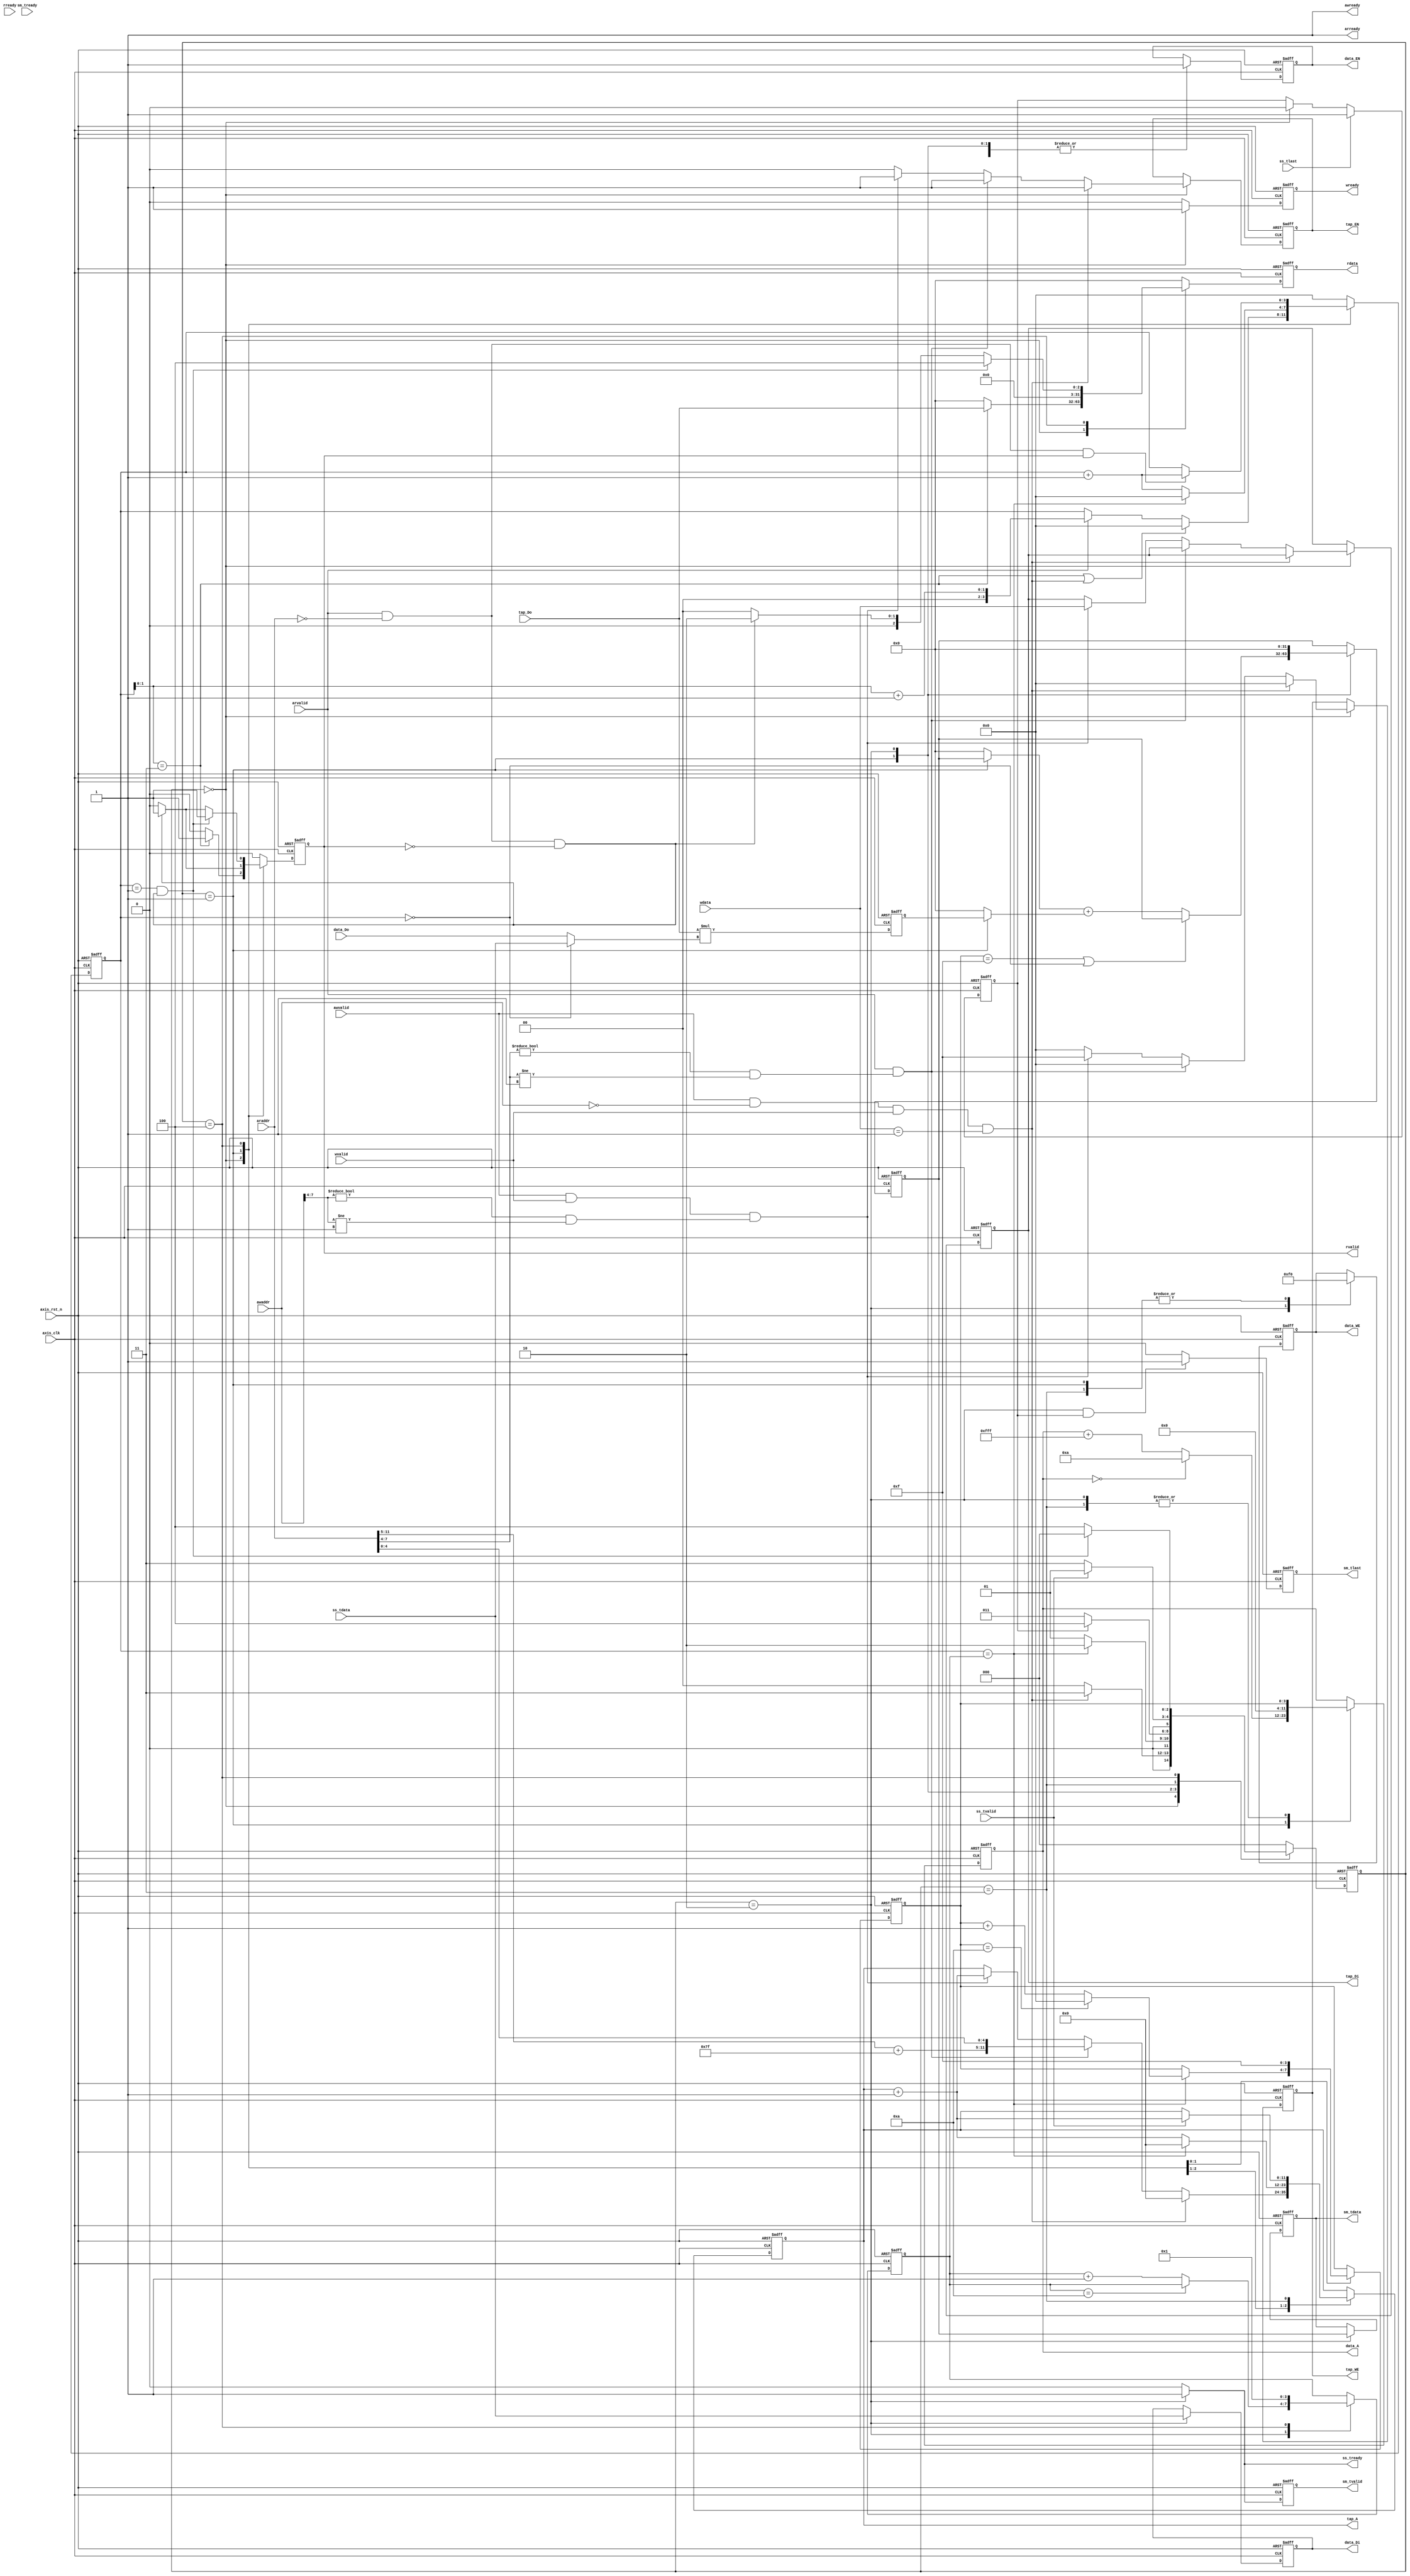
module fir #(  
    parameter pADDR_WIDTH = 12,
    parameter pDATA_WIDTH = 32,
    parameter Tape_Num    = 11
)(
    input   wire                     axis_clk,
    input   wire                     axis_rst_n,
    // AXI Lite
    input   wire [(pADDR_WIDTH-1):0] awaddr,  // write address
    input   wire                     awvalid,
    output  wire                     awready,

    input   wire                     wvalid,  // write data
    input   wire [(pDATA_WIDTH-1):0] wdata,
    output  wire                     wready,

    input   wire [(pADDR_WIDTH-1):0] araddr,  // read address
    input   wire                     arvalid,
    output  wire                     arready,

    input   wire                     rready,  // read data
    output  wire                     rvalid, 
    output  wire [(pDATA_WIDTH-1):0] rdata,    

    // AXI Stream
    input   wire                     ss_tvalid, // giving data Xn
    input   wire [(pDATA_WIDTH-1):0] ss_tdata, 
    input   wire                     ss_tlast, 
    output  wire                     ss_tready, 

    input   wire                     sm_tready, // output the result Yn
    output  wire                     sm_tvalid, 
    output  wire [(pDATA_WIDTH-1):0] sm_tdata, 
    output  wire                     sm_tlast, 

    // bram for tap RAM
    input   wire [(pDATA_WIDTH-1):0] tap_Do,
    output  wire [3:0]               tap_WE,
    output  wire                     tap_EN,
    output  wire [(pDATA_WIDTH-1):0] tap_Di,
    output  wire [(pADDR_WIDTH-1):0] tap_A,

    // bram for data RAM
    input   wire [(pDATA_WIDTH-1):0] data_Do,
    output  wire [3:0]               data_WE,
    output  wire                     data_EN,
    output  wire [(pDATA_WIDTH-1):0] data_Di,
    output  wire [(pADDR_WIDTH-1):0] data_A
);

// write your code here!
localparam IDLE   = 3'd0;
localparam START  = 3'd1;
localparam DONE   = 3'd2;
localparam PEND   = 3'd3;
localparam FINISH = 3'd4;

// I/O
reg wready_w, wready_r;
reg rvalid_w, rvalid_r; 
reg [pDATA_WIDTH-1:0] rdata_w, rdata_r;    
reg ss_tready_w;
reg                     sm_tvalid_w, sm_tvalid_r;
reg [(pDATA_WIDTH-1):0] sm_tdata_w,  sm_tdata_r;
reg                     sm_tlast_w, sm_tlast_r;
// Coef BRAM
reg tap_EN_w, tap_EN_r;
reg [3:0] tap_WE_w, tap_WE_r;
reg [pDATA_WIDTH-1:0] tap_Di_w, tap_Di_r;
reg [pADDR_WIDTH-1:0] tap_A_w, tap_A_r;
// Data BRAM
reg [3:0]               data_WE_w, data_WE_r;
reg                     data_EN_w, data_EN_r;
reg [(pDATA_WIDTH-1):0] data_Di_w, data_Di_r;
reg [(pADDR_WIDTH-1):0] data_A_w,  data_A_r;
// cnt
reg  [3:0] cnt_w, cnt_r;
reg  [3:0] round_cnt_w, round_cnt_r;
// multiplier
wire signed [pDATA_WIDTH*2-1:0] mult_out;
reg  signed [pDATA_WIDTH-1:0]   mult_in0, mult_in1;
// adder
wire signed [pDATA_WIDTH-1:0] adder_out;
reg  signed [pDATA_WIDTH-1:0] adder_in0, adder_in1;
// 
wire tap_write_t;
wire readBack_t;
wire w_coef_addr;
wire r_coef_addr;
wire data_t;
wire ap_start;
wire round_done; 
wire readAddr0;
wire wb_addr0;
wire cnt_st;
wire done;
reg  last_w, last_r;
reg  [2:0] ns, ps;
reg  [3:0] r_dataAddr_w, r_dataAddr_r;
reg  [pDATA_WIDTH-1:0] accumulater_w, accumulater_r;
reg  [pDATA_WIDTH-1:0] temp_w, temp_r;

//--------------------------------------------------------------------------------
// Continuous Assignment
//--------------------------------------------------------------------------------
// output
assign awready = 1'b1; // don't touch
assign wready = wready_r;
assign ss_tready = ss_tready_w;
assign arready = 1'b1;
assign rvalid  = rvalid_r;
assign rdata   = rdata_r;
assign sm_tvalid = sm_tvalid_r;
assign sm_tdata  = sm_tdata_r;
assign sm_tlast  = sm_tlast_r;
// TAP BRAM
assign tap_WE = tap_WE_r;
assign tap_EN = tap_EN_r;
assign tap_Di = tap_Di_r;
assign tap_A  = tap_A_r;
// DATA BRAM
assign data_WE = data_WE_r;
assign data_EN = data_EN_r;
assign data_Di = data_Di_r;
assign data_A  = data_A_r;
//
assign tap_write_t = (awvalid && wvalid && w_coef_addr);
assign w_coef_addr = (awaddr[7:4] != 4'd0 && awaddr[7:4] != 4'd1);
assign r_coef_addr = (araddr[7:4] != 4'd0 && araddr[7:4] != 4'd1);
assign readBack_t = (arvalid && r_coef_addr);
assign data_t = (cnt_r[1:0] == 2'd3);
assign ap_start = (awvalid && awaddr == {pADDR_WIDTH{1'b0}} && wvalid && wdata == {{pDATA_WIDTH-1{1'b0}},1'b1});
assign round_done = (cnt_r == round_cnt_r);
assign readAddr0 = (arvalid && araddr == {pADDR_WIDTH{1'b0}});
assign wb_addr0 = (readAddr0 && ~rvalid_r);
assign done = (cnt_r == 4'd1 && wb_addr0);
assign cnt_st = (cnt_r == 4'd0);

//--------------------------------------------------------------------------------
// Combinational Logic
//--------------------------------------------------------------------------------
always @(*) begin
    case(ps)
        IDLE:    ns = (ap_start)   ? PEND  : IDLE;
        START:   ns = (round_done) ? DONE   : START;
        DONE:    ns = (last_r) ? FINISH : PEND;
        PEND:    ns = (ss_tvalid) ? START : PEND;
        FINISH:  ns = (done)  ? IDLE   : FINISH;
        default: ns = IDLE;
    endcase
end

always @(*) begin
    case(ps)
        IDLE:    wready_w = 1'b1;
        default: wready_w = 1'b0;
    endcase
end

always @(*) begin
    case(ps)
        IDLE: begin
            case(1'b1)
                ap_start: begin
                    tap_WE_w = 4'h0;
                    tap_EN_w = 1'b1;
                    tap_Di_w = tap_Di_r;
                    tap_A_w  = {pADDR_WIDTH{1'b0}};
                end
                readBack_t: begin
                    tap_WE_w = 4'h0;
                    tap_EN_w = 1'b1;
                    tap_Di_w = tap_Di_r;
                    tap_A_w  = {(araddr[pADDR_WIDTH-1:5] + {(pADDR_WIDTH-5){1'b1}}), araddr[4:0]}; 
                end
                tap_write_t: begin
                    tap_WE_w = 4'hf;
                    tap_EN_w = 1'b1;
                    tap_Di_w = wdata;
                    tap_A_w  = tap_A_r + 12'd1;
                end
                default: begin
                    tap_WE_w = 4'd0;
                    tap_EN_w = 1'b0;
                    tap_Di_w = tap_Di_r;
                    tap_A_w  = tap_A_r;
                end
            endcase
        end
        START: begin
            tap_WE_w = tap_WE_r;
            tap_EN_w = tap_EN_r;
            tap_Di_w = tap_Di_r;
            if(round_done) begin
                tap_A_w  = {pADDR_WIDTH{1'b0}};
            end else begin
                tap_A_w  = tap_A_r + 12'd1;
            end
        end
        PEND: begin
            tap_WE_w = tap_WE_r;
            tap_EN_w = tap_EN_r;
            tap_Di_w = tap_Di_r;
            tap_A_w  = (ss_tvalid) ? tap_A_r + 12'd1 : tap_A_r; 
        end
        default: begin
            tap_WE_w = tap_WE_r;
            tap_EN_w = tap_EN_r;
            tap_Di_w = tap_Di_r;
            tap_A_w = tap_A_r;
        end
    endcase
end

always @(*) begin
    case(ps)
        START: begin
            // if(round_done) begin // write
            // end else begin
            data_WE_w = 4'd0;
            data_EN_w = 1'b1;
            data_Di_w = data_Di_r;
            if(data_A_r == 12'd0) begin
                data_A_w = 12'd10;
            end else begin
                data_A_w  = data_A_r + 12'hfff;
            end
            // end
        end
        DONE: begin
            data_WE_w = 4'hf;
            data_EN_w = 1'b1;
            data_Di_w = ss_tdata;
            data_A_w = {{pADDR_WIDTH-4{1'b0}}, r_dataAddr_r};
        end
        PEND: begin
            data_WE_w = 4'd0;
            data_EN_w = 1'b1;
            data_Di_w = data_Di_r;
            data_A_w  = r_dataAddr_r;
        end
        default: begin
            data_WE_w = data_WE_r;
            data_EN_w = data_EN_r;
            data_Di_w = data_Di_r;
            data_A_w  = data_A_r;
        end
    endcase
end

always @(*) begin
    case(ps)
        START: begin
            if(round_done) begin
                if(r_dataAddr_r == 4'd10) begin
                    r_dataAddr_w = {pADDR_WIDTH{1'b0}};
                end else begin
                    r_dataAddr_w = r_dataAddr_r + 4'd1;
                end
            end else begin
                r_dataAddr_w = r_dataAddr_r;
            end 
        end
        FINISH:  r_dataAddr_w = 4'hf;
        default: r_dataAddr_w = r_dataAddr_r;
    endcase
end

always @(*) begin
    case(ps)
        IDLE: begin
            if(data_t) begin
                rvalid_w = 1'b1;
                rdata_w  = tap_Do;
            end else begin
                rvalid_w = 1'b0;
                rdata_w  = {pDATA_WIDTH{1'b0}};
            end
        end
        START: begin
            if(wb_addr0) begin
                rvalid_w = 1'b1;
                rdata_w  = {pDATA_WIDTH{1'b0}};
            end else begin
                rvalid_w = 1'b0;
                rdata_w  = {pDATA_WIDTH{1'b0}};
            end
        end
        FINISH: begin
            if(wb_addr0 && cnt_r == 4'd1) begin
                rvalid_w = 1'b1;
                rdata_w  = {{pDATA_WIDTH-3{1'b0}}, 3'd4};
            end else if(wb_addr0) begin
                rvalid_w = 1'b1;
                rdata_w  = {{pDATA_WIDTH-2{1'b0}}, 2'd2};
            end else begin
                rvalid_w = 1'b0;
                rdata_w  = {pDATA_WIDTH{1'b0}};
            end
        end
        default: begin
            rvalid_w = 1'b0;
            rdata_w  = {pDATA_WIDTH{1'b0}};
        end
    endcase
end

always @(*) begin
    case(ps)
        IDLE: begin
            if(data_t || ap_start) begin
                cnt_w = 4'd0;
            end else if(arvalid) begin
                cnt_w = {{2{1'b0}},(cnt_r[1:0] + 2'd1)};
            end else begin
                cnt_w = cnt_r;
            end
        end
        START: begin
            if(cnt_r == round_cnt_r) begin
                cnt_w = 4'd0;
            end else begin
                cnt_w = cnt_r + 4'd1;
            end
        end
        FINISH: begin
            if(readAddr0 && rvalid) begin
                cnt_w = cnt_r + 4'd1;
            end else begin
                cnt_w = cnt_r;
            end
        end
        default: cnt_w = 4'd0;
    endcase
end

always @(*) begin
    case(ps)
        DONE:    round_cnt_w = (round_cnt_r == 4'd10) ? round_cnt_r : round_cnt_r + 4'd1;
        FINISH:  round_cnt_w = 4'd1;
        default: round_cnt_w = round_cnt_r;
    endcase
end

always @(*) begin
    case(ps)
        DONE:    ss_tready_w = 1'b1;
        default: ss_tready_w = 1'b0;
    endcase
end

assign mult_out = mult_in0 * mult_in1;
always @(*) begin
    mult_in0 = $signed(tap_Do);
    if(cnt_st) begin
        mult_in1 = $signed(ss_tdata);
    end else begin
        mult_in1 = $signed(data_Do);
    end
end

always @(*) begin
    temp_w = mult_out[pDATA_WIDTH-1:0];
end

assign adder_out = adder_in0 + adder_in1;
always @(*) begin
    case(ps)
        START: begin
            adder_in0 = $signed(accumulater_r);
            adder_in1 = $signed(temp_r);
        end
        default: begin
            adder_in0 = {pDATA_WIDTH{1'b0}};
            adder_in1 = {pDATA_WIDTH{1'b0}};
        end
    endcase
end

always @(*) begin
    case(ps)
        START: begin
            if(r_dataAddr_r == 4'hf || cnt_st) begin
                accumulater_w = accumulater_r;
            end else begin
                accumulater_w = adder_out;
            end
        end
        DONE:    accumulater_w = {pDATA_WIDTH{1'b0}};
        default: accumulater_w = accumulater_r;
    endcase
end

always @(*) begin
    sm_tlast_w  = (ps == DONE && last_r) ? 1'b1 : 1'b0;
    if(ps == DONE) begin
        sm_tvalid_w = 1'b1;
        sm_tdata_w  = accumulater_r;
    end else begin
        sm_tvalid_w = 1'b0;
        sm_tdata_w  = sm_tdata_r;
    end
end

always @(*) begin
    if(ss_tlast) begin
        last_w = 1'b1;
    end else if(ps == IDLE) begin
        last_w = 1'b0;
    end else begin
        last_w = last_r;
        end
end

//--------------------------------------------------------------------------------
// Sequential Logic
//--------------------------------------------------------------------------------

always @(posedge axis_clk or posedge axis_rst_n) begin
    if(axis_rst_n) begin
        ps <= IDLE;
    end else begin
        ps <= ns;
    end
end

always @(posedge axis_clk or posedge axis_rst_n) begin
    if(axis_rst_n) begin
        wready_r <= 1'b0;
    end else begin
        wready_r <= wready_w;
    end
end

always @(posedge axis_clk or posedge axis_rst_n) begin
    if(axis_rst_n) begin
        tap_WE_r <= 4'd0;
        tap_EN_r <= 1'b0;
        tap_Di_r <= {pDATA_WIDTH{1'b0}};
        tap_A_r  <= {{pADDR_WIDTH{1'b1}}};
    end else begin
        tap_WE_r <= tap_WE_w;
        tap_EN_r <= tap_EN_w;
        tap_Di_r <= tap_Di_w;
        tap_A_r  <= tap_A_w;
    end
end

always @(posedge axis_clk or posedge axis_rst_n) begin
    if(axis_rst_n) begin
        data_WE_r <= 4'd0; 
        data_EN_r <= 1'b0; 
        data_Di_r <= {pDATA_WIDTH{1'b0}}; 
        data_A_r  <= {{pADDR_WIDTH{1'b1}}};
    end else begin
        data_WE_r <= data_WE_w; 
        data_EN_r <= data_EN_w; 
        data_Di_r <= data_Di_w; 
        data_A_r  <= data_A_w; 
    end
end

always @(posedge axis_clk or posedge axis_rst_n) begin
    if(axis_rst_n) begin
        rvalid_r <= 1'b0;
        rdata_r  <= {pDATA_WIDTH{1'b0}};
    end else begin
        rvalid_r <= rvalid_w;
        rdata_r  <= rdata_w;
    end
end

always @(posedge axis_clk or posedge axis_rst_n) begin
    if(axis_rst_n) begin
        cnt_r <= 4'b0;
        round_cnt_r <= 4'd1;
    end else begin
        cnt_r <= cnt_w;
        round_cnt_r <= round_cnt_w;
    end
end

always @(posedge axis_clk or posedge axis_rst_n) begin
    if(axis_rst_n) begin
        r_dataAddr_r <= 4'hf;
    end else begin
        r_dataAddr_r <= r_dataAddr_w;
    end
end

always @(posedge axis_clk or posedge axis_rst_n) begin
    if(axis_rst_n) begin
        temp_r <= {pDATA_WIDTH{1'b0}};
        accumulater_r <= {pDATA_WIDTH{1'b0}};
    end else begin
        temp_r <= temp_w;
        accumulater_r <= accumulater_w;
    end
end

always @(posedge axis_clk or posedge axis_rst_n) begin
    if(axis_rst_n) begin
        sm_tvalid_r <= 1'b0;
        sm_tlast_r  <= 1'b0;
        sm_tdata_r  <= {pDATA_WIDTH{1'b0}};
    end else begin
        sm_tvalid_r <= sm_tvalid_w;
        sm_tlast_r  <= sm_tlast_w;
        sm_tdata_r  <= sm_tdata_w;
    end
end

always @(posedge axis_clk or posedge axis_rst_n) begin
    if(axis_rst_n) begin
        last_r <= 1'b0;
    end else begin
        last_r <= last_w;
    end
end

endmodule